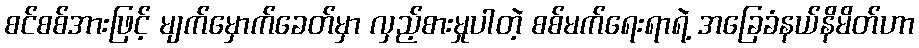
စင်စစ်အားဖြင့် မျက်မှောက်ခေတ်မှာ လှည့်စားမှုပါတဲ့ စစ်မက်ရေးရာရဲ့ အခြေခံနယ်နိမိတ်ဟာ